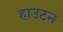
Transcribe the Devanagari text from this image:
हाउटन